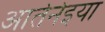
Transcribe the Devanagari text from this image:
आतेनेइया